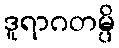
ဒူရာဂတမ္ပိ